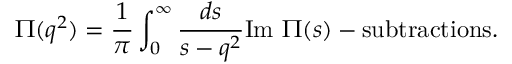
\Pi ( q ^ { 2 } ) = \frac 1 \pi \int _ { 0 } ^ { \infty } \frac { d s } { s - q ^ { 2 } } \mathrm { I m } ~ \Pi ( s ) - \mathrm { s u b t r a c t i o n s } .